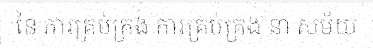
នៃ ការគ្រប់គ្រង ការគ្រប់គ្រង នា សម័យ